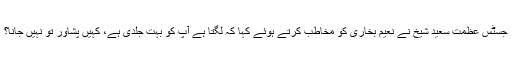
جسٹس عظمت سعید شیخ نے نعیم بخاری کو مخاطب کرتے ہوئے کہا کہ لگتا ہے آپ کو بہت جلدی ہے، کہیں پشاور تو نہیں جانا؟